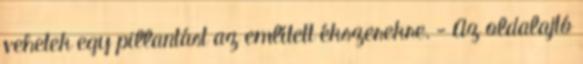
vehetek egy pillantást az említett ékszerekre. - Az oldalajtó